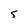
Character: S